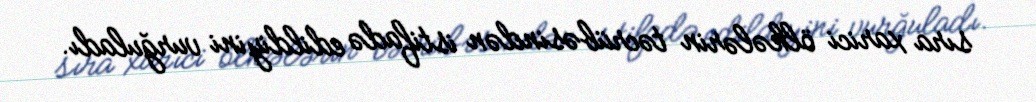
sıra xarici ölkələrin təcrübəsindən istifadə edildiyini vurğuladı.